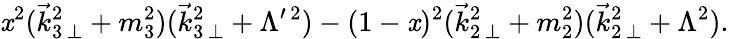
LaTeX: \mathit{x}^{2}(\vec{{k}}_{3\, \perp}^{2}+m_{3}^{2})(\vec{{k}}_{3\, \perp}^{2}+\Lambda^{\prime\, 2})-(1-\mathit{x})^{2}(\vec{{k}}_{2\, \perp}^{2}+m_{2}^{2})(\vec{{k}}_{2\, \perp}^{2}+\Lambda^{2}).